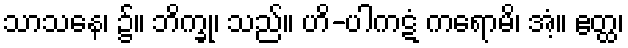
သာသနေ၊ ၌။ ဘိက္ခု၊ သည်။ ဟိ-ပါကဋံ ကရောမိ၊ အံ့။ ဧတ္ထ၊